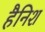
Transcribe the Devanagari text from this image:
हैनिश